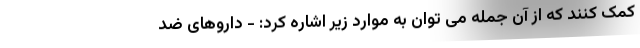
کمک کنند که از آن جمله می توان به موارد زیر اشاره کرد: - داروهای ضد